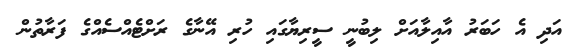
އަދި އެ ހަބަރު އާއިލާއަށް ލިބުނީ ސީރިޔާގައި ހުރި އޭނާގެ ރަށްޓެއްސެއްގެ ފަރާތުން